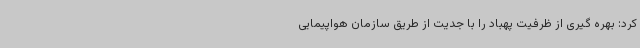
کرد: بهره گیری از ظرفیت پهباد را با جدیت از طریق سازمان هواپیمایی